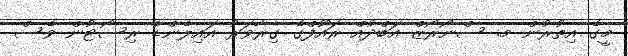
މީގެ އިތުރުން މ. ސްނޯރޯޒް އަބްދުއް ރައޫފްގެ ގިރާވަރު އައިލެންޑް ރިސޯޓުން ވެސް